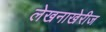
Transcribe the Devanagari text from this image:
लेखनाखेरीज